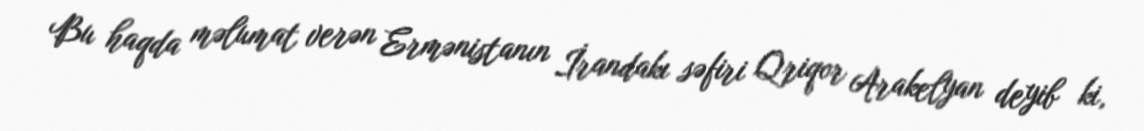
Bu haqda məlumat verən Ermənistanın İrandakı səfiri Qriqor Arakelyan deyib ki,